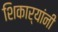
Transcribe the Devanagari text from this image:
शिकार्‍यांनी